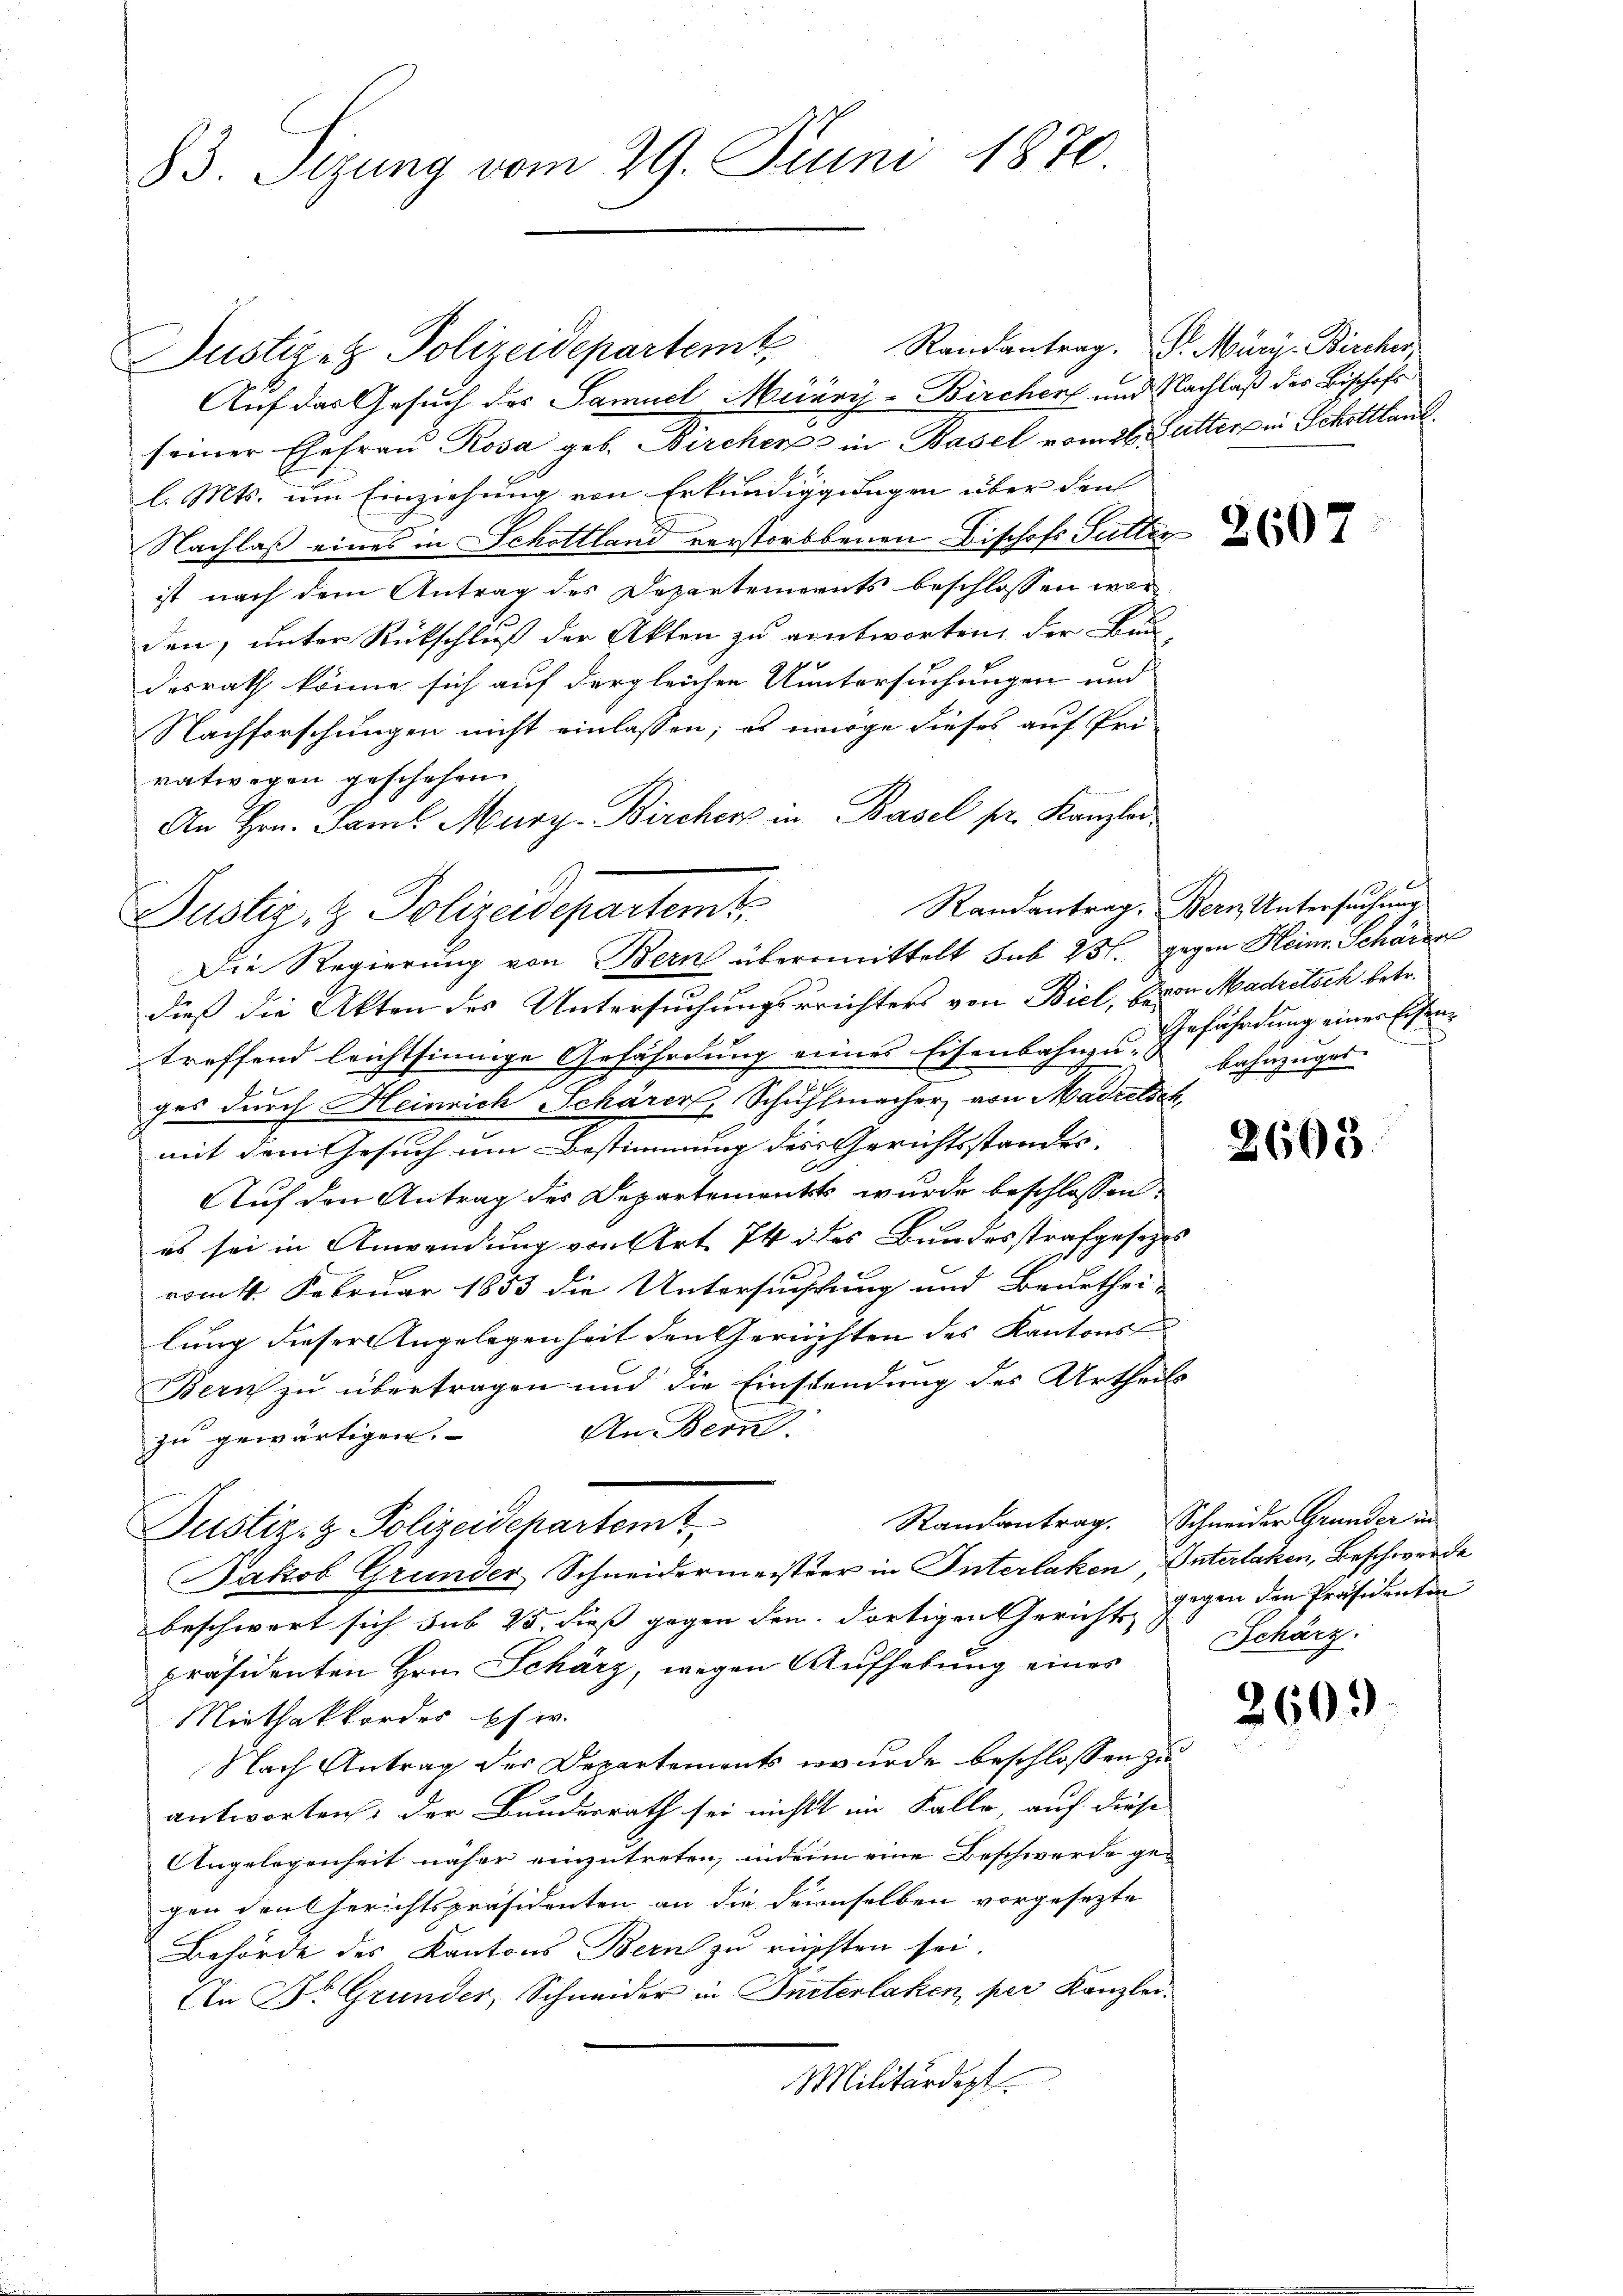
83. Stzung vom 29. Juni 1870.

Justiget Polizeidepartem Randantrag. Dr. Müri Bircher,
Auf das Gesuch des Samuel Meiäry-Bircher und Nachlaß des Bischofs
seiner Ehefrau, Rosa geb. Bircher in Basel vom 26. Futter in Schottlan
l. Mts. um Einziehung von Erkundigungen über den
Nachlaß eines in Schottland verstorbbauen Bischofs Sutter
ist nach dem Antrag des Departements beschlossen worden, unter Rückschluß der Akten zu antworten, der Bun-
desrath könne sich auf dergleichen Untersuchungen und
Nachforschungen nicht einlassen; es möge dieses auf Pri-
vatwegen geschehen.
An Hrn. Jaml Murz- Bircher in Basel pr. Kanzlei
dieß die Akten des Untersuchungsreichters von Biel, Baron Madretsch betr.
treffend leichtsinnige Gefährdung seines Eisenbahnzu- bahnzuge
ges durch Heinrich Schärer, Schuhmacher von Madretsch,
mit dem Gesuch um Bestimmung des Gerichtsstandes
Auf den Antrag des Departement wurde beschlossen:
es sei in Anwendung von Art. 74 des Bundesstrafgesetzes
s
vom 11. Februar 1853 die Untersuchtung und Beurthei-
lung dieser Angelegenheit den Gerichten des Kantons
Bern zu übertragen und die Einstendung des Urtheils
An Bern
zu gewärtigen.
Randantrag. Schneider Grunder in
Justiz- & Polizeidepartemt
Jakob Grunder Schneidermeister in Interlaken, Unterlaken, Beschwerde
beschwert sich sub 25. diess gegen den dortigen Gericht gegen den Präsidenten
präsidenten Hrn. Schärz, wegen Aufhebung eines
Miethakkordes pfi.
Nach Antrag des Departements wurde beschlossen zu
antworten, der Bundesrath sei nichts im Falle, auf diese
Angelegenheit näher einzutreten, indem eine Beschwerde ge-
gen den Gerichtspräsidenten an die Seienselben vorgesezte
Behörde des Kantons Bern zu rüchten sei.
An Dr. Grunder, Schneider in Interlaken, per Kanzlei-
Militärdept

Justiz- & Polizeidepartemt.
Die Regierung von Bern übermittelt sub 231. gegen Heinr. Schärrer

Randantrag, Bern Untersuchung

2607

Gefährdung einer Eisen¬

2605

Schärz.

2609